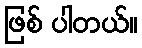
ဖြစ် ပါတယ်။